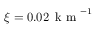
\xi = 0 . 0 2 \, \mathrm { ~ k ~ m ~ } ^ { - 1 }